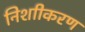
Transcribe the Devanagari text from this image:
निशाीकरण